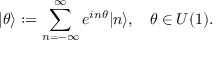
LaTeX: \vert \theta \rangle : = \sum _ { n = - \infty } ^ { \infty } e ^ { i n \theta } \vert n \rangle , \: \: \: \: \theta \in U ( 1 ) .